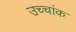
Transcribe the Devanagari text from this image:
उच्‍चांक